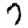
Digit: 7